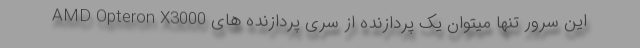
این سرور تنها میتوان یک پردازنده از سری پردازنده های AMD Opteron X3000